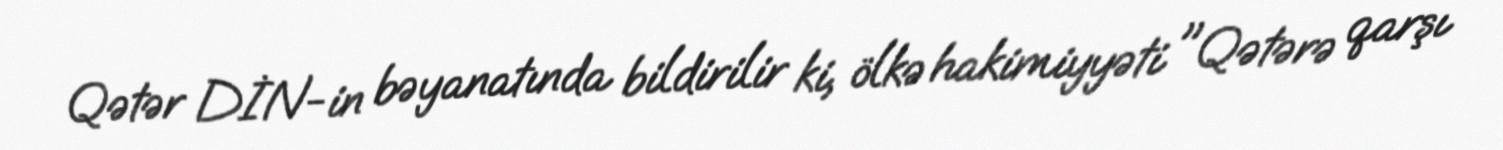
Qətər DİN-in bəyanatında bildirilir ki, ölkə hakimiyyəti "Qətərə qarşı